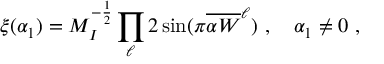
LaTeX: \xi ( \alpha _ { 1 } ) = M _ { I } ^ { - { \frac { 1 } { 2 } } } \prod _ { \ell } 2 \sin ( \pi { { \overline { { { \alpha W } } } } ^ { \ell } } ) ~ , ~ ~ ~ \alpha _ { 1 } \not = 0 ~ ,